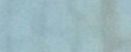
موقف المطار